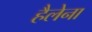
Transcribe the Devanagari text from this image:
हैलेना